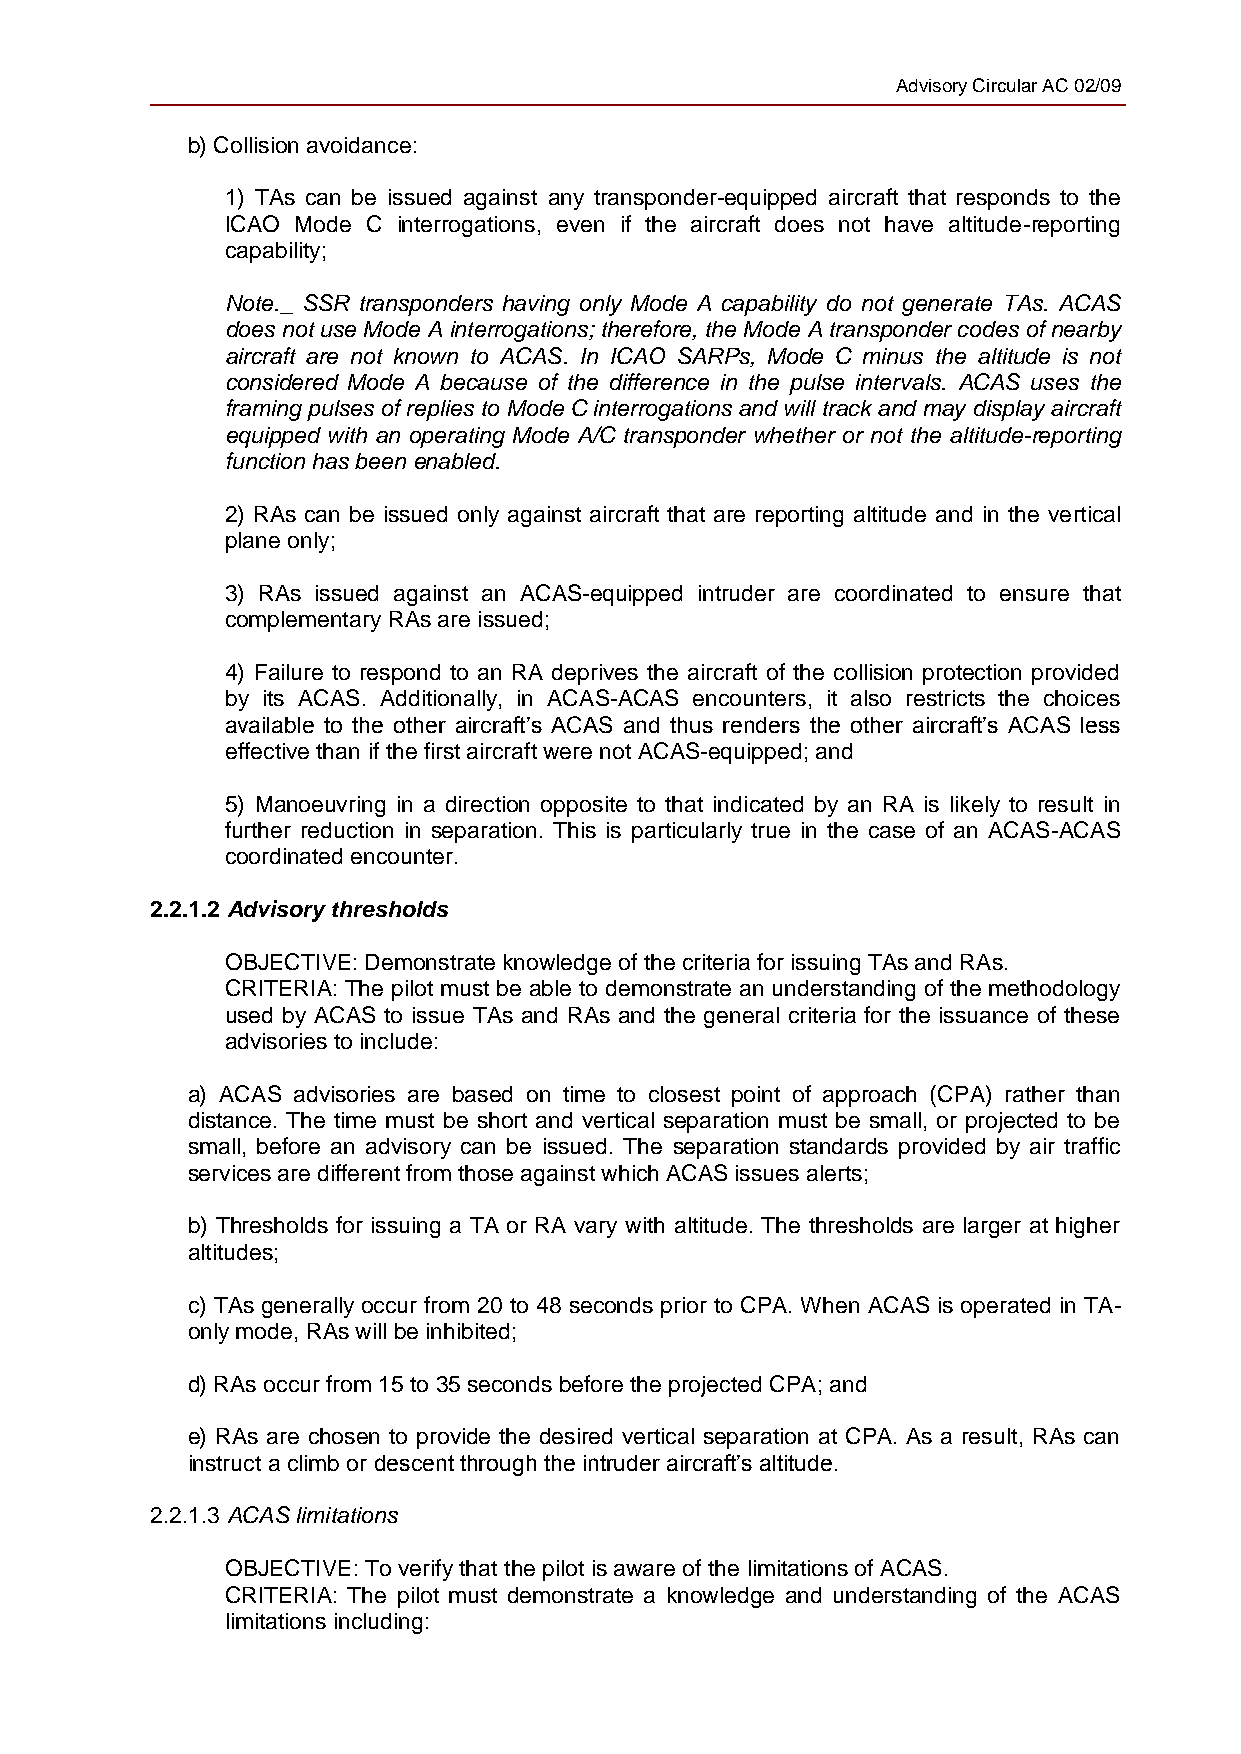
Advisory Circular AC 02/09
 b) Collision avoidance:
 1) TAs can be issued against any transponder-equipped aircraft that responds to the
 ICAO Mode C interrogations, even if the aircraft does not have altitude-reporting
 capability;
 Note._ SSR transponders having only Mode A capability do not generate TAs. ACAS
 does not use Mode A interrogations; therefore, the Mode A transponder codes of nearby
 aircraft are not known to ACAS. In ICAO SARPs, Mode C minus the altitude is not
 considered Mode A because of the difference in the pulse intervals. ACAS uses the
 framing pulses of replies to Mode C interrogations and will track and may display aircraft
 equipped with an operating Mode A/C transponder whether or not the altitude-reporting
 function has been enabled.
 2) RAs can be issued only against aircraft that are reporting altitude and in the vertical
 plane only;
 3) RAs issued against an ACAS-equipped intruder are coordinated to ensure that
 complementary RAs are issued;
 4) Failure to respond to an RA deprives the aircraft of the collision protection provided
 by its ACAS. Additionally, in ACAS-ACAS encounters, it also restricts the choices
 available to the other aircraft’s ACAS and thus renders the other aircraft’s ACAS less
 effective than if the first aircraft were not ACAS-equipped; and
 5) Manoeuvring in a direction opposite to that indicated by an RA is likely to result in
 further reduction in separation. This is particularly true in the case of an ACAS-ACAS
 coordinated encounter.
 2.2.1.2 Advisory thresholds
 OBJECTIVE: Demonstrate knowledge of the criteria for issuing TAs and RAs.
 CRITERIA: The pilot must be able to demonstrate an understanding of the methodology
 used by ACAS to issue TAs and RAs and the general criteria for the issuance of these
 advisories to include:
 a) ACAS advisories are based on time to closest point of approach (CPA) rather than
 distance. The time must be short and vertical separation must be small, or projected to be
 small, before an advisory can be issued. The separation standards provided by air traffic
 services are different from those against which ACAS issues alerts;
 b) Thresholds for issuing a TA or RA vary with altitude. The thresholds are larger at higher
 altitudes;
 c) TAs generally occur from 20 to 48 seconds prior to CPA. When ACAS is operated in TA-
 only mode, RAs will be inhibited;
 d) RAs occur from 15 to 35 seconds before the projected CPA; and
 e) RAs are chosen to provide the desired vertical separation at CPA. As a result, RAs can
 instruct a climb or descent through the intruder aircraft’s altitude.
 2.2.1.3 ACAS limitations
 OBJECTIVE: To verify that the pilot is aware of the limitations of ACAS.
 CRITERIA: The pilot must demonstrate a knowledge and understanding of the ACAS
 limitations including: